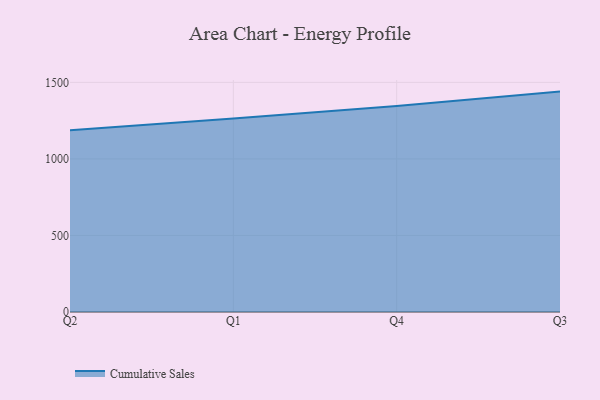
{"axis": {"x": "Quarter", "y": "Inventory Turnover"}, "legend": ["Cumulative Sales"], "data": [{"x": "Q2", "y": 1187.0, "type": "Cumulative Sales"}, {"x": "Q1", "y": 1263.8, "type": "Cumulative Sales"}, {"x": "Q4", "y": 1345.7, "type": "Cumulative Sales"}, {"x": "Q3", "y": 1439.8, "type": "Cumulative Sales"}]}